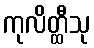
ကုလိတ္ထီသု